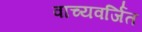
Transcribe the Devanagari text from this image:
वाच्यवर्जित